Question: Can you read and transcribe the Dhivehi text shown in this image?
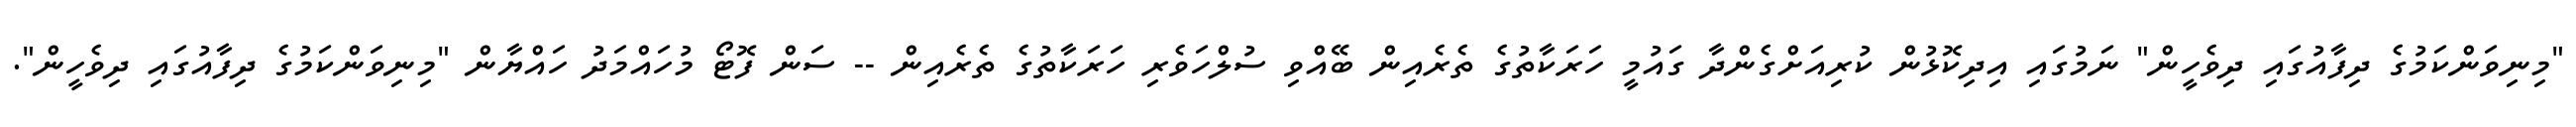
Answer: "މިނިވަންކަމުގެ ދިފާއުގައި ދިވެހީން" ނަމުގައި އިދިކޮޅުން ކުރިއަށްގެންދާ ގައުމީ ހަރަކާތުގެ ތެރެއިން ބޭއްވި ސުލްހަވެރި ހަރަކާތުގެ ތެރެއިން -- ސަން ފޮޓޯ މުހައްމަދު ހައްޔާން "މިނިވަންކަމުގެ ދިފާއުގައި ދިވެހީން".